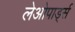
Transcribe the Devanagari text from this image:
लेओपार्ड्स